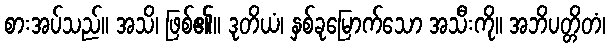
စားအပ်သည်။ အသိ၊ ဖြစ်၏။ ဒုတိယံ၊ နှစ်ခုမြောက်သော အသီးကို။ အဘိပတ္တိတံ၊